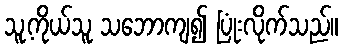
သူ့ကိုယ်သူ သဘောကျ၍ ပြုံးလိုက်သည်။